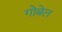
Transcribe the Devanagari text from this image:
गोबेल